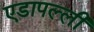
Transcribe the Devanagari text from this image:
एडापल्ली